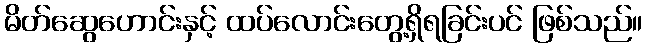
မိတ်ဆွေဟောင်းနှင့် ထပ်လောင်းတွေ့ရှိရခြင်းပင် ဖြစ်သည်။